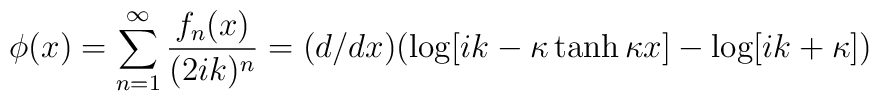
\phi(x) = \sum_{n=1}^{\infty} {f_{n}(x)\over{(2ik)^n}} =(d/dx) (\log[ik - \kappa \tanh \kappa x] -\log[ik + \kappa])